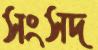
সংসদ